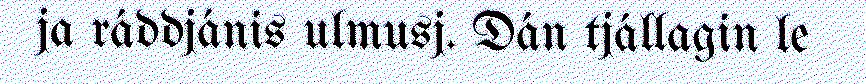
ja ráddjánis ulmusj. Dán tjállagin le